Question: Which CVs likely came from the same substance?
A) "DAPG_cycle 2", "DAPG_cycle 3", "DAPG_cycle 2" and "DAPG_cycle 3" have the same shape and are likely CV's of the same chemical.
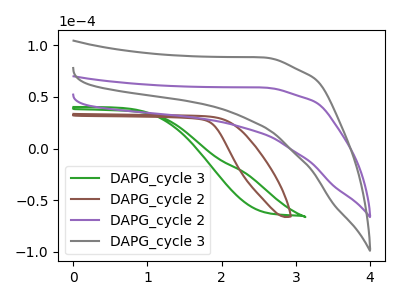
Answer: <think>The green curve "DAPG_cycle 3" has no peaks. The brown curve "DAPG_cycle 2" has no peaks. The purple curve "DAPG_cycle 2" has no peaks. The gray curve "DAPG_cycle 3" has no peaks.
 Neither "DAPG_cycle 3" or "DAPG_cycle 2" have any peaks. Neither "DAPG_cycle 3" or "DAPG_cycle 2" have any peaks. Neither "DAPG_cycle 3" or "DAPG_cycle 3" have any peaks. Neither "DAPG_cycle 2" or "DAPG_cycle 2" have any peaks. Neither "DAPG_cycle 2" or "DAPG_cycle 3" have any peaks. Neither "DAPG_cycle 2" or "DAPG_cycle 3" have any peaks.</think>
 <answer>A) "DAPG_cycle 2", "DAPG_cycle 3", "DAPG_cycle 2" and "DAPG_cycle 3" have the same shape and are likely CV's of the same chemical.</answer>
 <eval>A</eval>